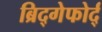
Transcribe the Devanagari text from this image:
ब्रिद्गेफोर्द्